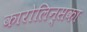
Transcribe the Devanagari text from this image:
कारोलिन्सका